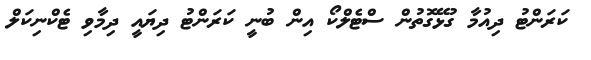
ކަރަންޓު ދިއުމާ ގުޅޭގޮތުން ސްޓެލްކޯ އިން ބުނީ ކަރަންޓު ދިޔައީ ދިމާވި ޓެކްނިކަލް